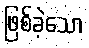
ဖြစ်ခဲ့သော